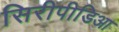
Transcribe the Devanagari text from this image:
सिरीपीडिआ